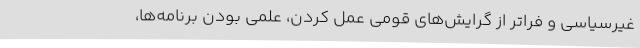
غیرسیاسی و فراتر از گرایش‌های قومی عمل کردن، علمی بودن برنامه‌ها،